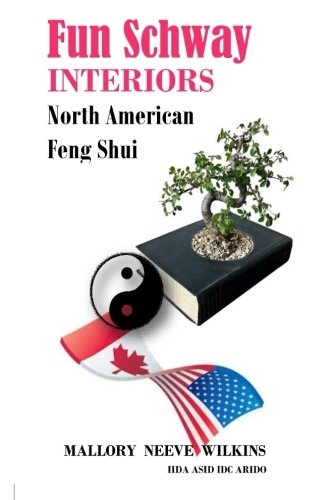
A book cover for Fun Schway Interiors North American Feng Shui (Volume 1); Mallory Neeve Wilkins; Religion & Spirituality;